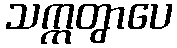
သက္ကတွာပေ